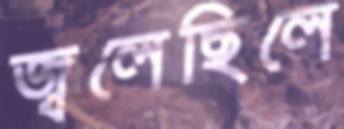
জ্বলেছিলে